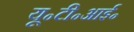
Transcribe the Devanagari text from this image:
यू॰टी॰आई॰